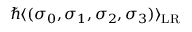
\hbar \langle ( \sigma _ { 0 } , \sigma _ { 1 } , \sigma _ { 2 } , \sigma _ { 3 } ) \rangle _ { \mathrm { L R } }